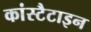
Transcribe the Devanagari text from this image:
कांस्टैटाइन